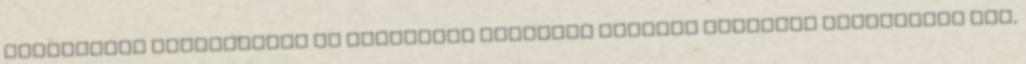
zajvédelem eszközeként az építéssel érintett terület melletti zajvédelmi fal,